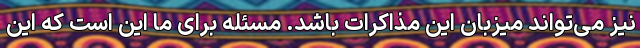
نیز می‌تواند میزبان این مذاکرات باشد. مسئله برای ما این است که این